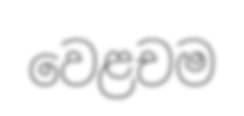
වෙළචම